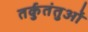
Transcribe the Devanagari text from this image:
तर्कुतंतुओं